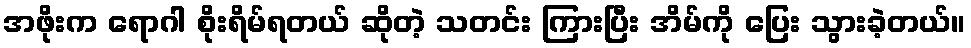
အဖိုးက ရောဂါ စိုးရိမ်ရတယ် ဆိုတဲ့ သတင်း ကြားပြီး အိမ်ကို ပြေး သွားခဲ့တယ်။